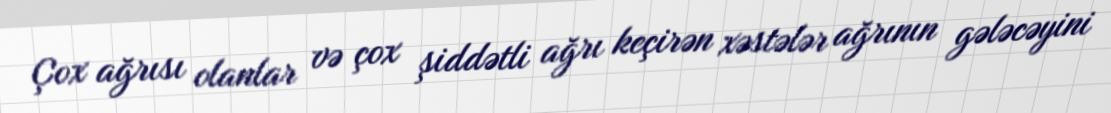
Çox ağrısı olanlar və çox şiddətli ağrı keçirən xəstələr ağrının gələcəyini